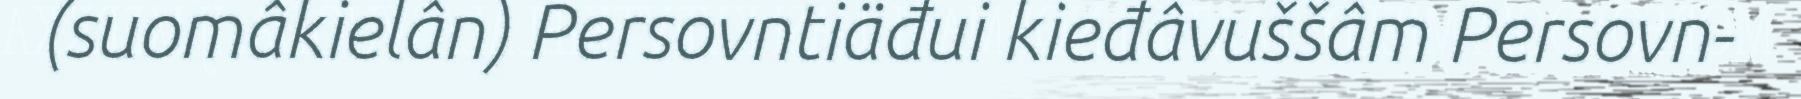
(suomâkielân) Persovntiäđui kieđâvuššâm Persovn-